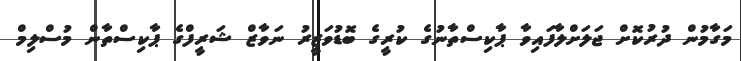
މަގާމުން ދުރުކޮށް ޖަލަށްލާފައިވާ ޕާކިސްތާނުގެ ކުރީގެ ބޮޑުވަޒީރު ނަވާޒް ޝަރީފްގެ ޕާކިސްތާން މުސްލިމް